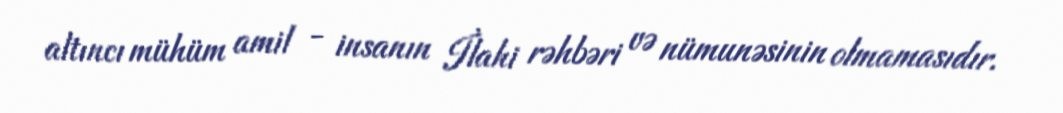
altıncı mühüm amil - insanın İlahi rəhbəri və nümunəsinin olmamasıdır.